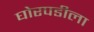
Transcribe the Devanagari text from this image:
घोरपडीला